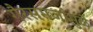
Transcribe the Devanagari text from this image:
गैरसमजांमुळे